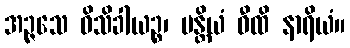
အဉ္ဇသေ ဝိသိခါယဉ္စ၊ ပန္တိယံ ဝီထိ နာရိယံ။